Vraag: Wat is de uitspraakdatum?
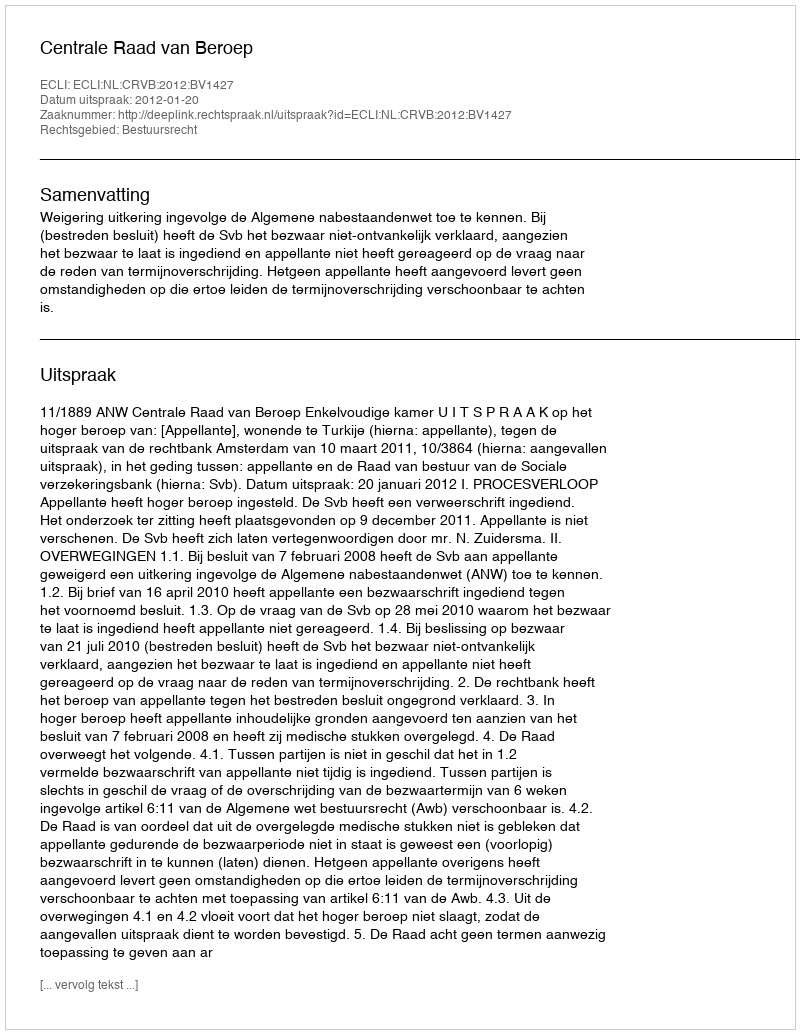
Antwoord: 2012-01-20